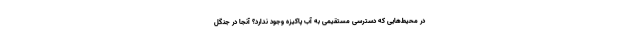
در محیط‌هایی که دسترسی مستقیمی به آب پاکیزه وجود ندارد؟ آنجا در جنگل